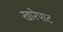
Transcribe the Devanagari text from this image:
खारेपाट